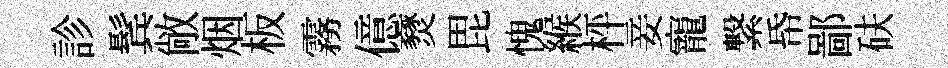
診鬂敞烟板霧億燹毘愧緱枰妾寵繋帋鄙砆